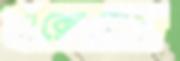
এক্সেলের